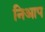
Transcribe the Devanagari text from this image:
निआप